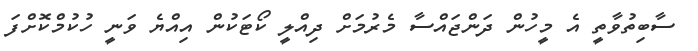
ސާބިތުވާތީ އެ މީހުން ދަންޖައްސާ މެރުމަށް ދިއްލީ ކޯޓަކުން އިއްޔެ ވަނީ ހުކުމްކޮށްފަ